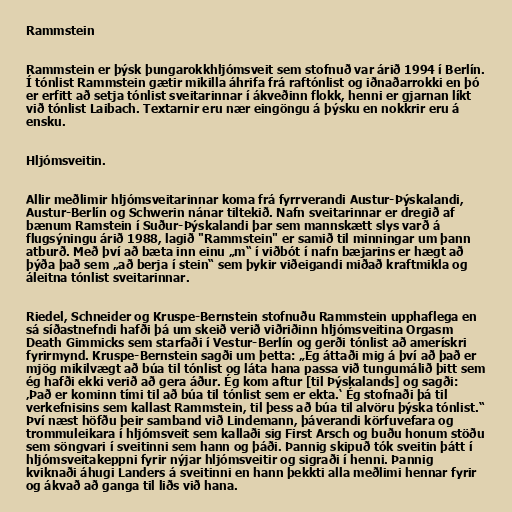
Rammstein

Rammstein er þýsk þungarokkhljómsveit sem stofnuð var árið 1994 í Berlín.
Í tónlist Rammstein gætir mikilla áhrifa frá raftónlist og iðnaðarrokki en þó
er erfitt að setja tónlist sveitarinnar í ákveðinn flokk, henni er gjarnan líkt
við tónlist Laibach. Textarnir eru nær eingöngu á þýsku en nokkrir eru á
ensku.

Hljómsveitin.

Allir meðlimir hljómsveitarinnar koma frá fyrrverandi Austur-Þýskalandi,
Austur-Berlín og Schwerin nánar tiltekið. Nafn sveitarinnar er dregið af
bænum Ramstein í Suður-Þýskalandi þar sem mannskætt slys varð á
flugsýningu árið 1988, lagið "Rammstein" er samið til minningar um þann
atburð. Með því að bæta inn einu „m“ í viðbót í nafn bæjarins er hægt að
þýða það sem „að berja í stein“ sem þykir viðeigandi miðað kraftmikla og
áleitna tónlist sveitarinnar.

Riedel, Schneider og Kruspe-Bernstein stofnuðu Rammstein upphaflega en
sá síðastnefndi hafði þá um skeið verið viðriðinn hljómsveitina Orgasm
Death Gimmicks sem starfaði í Vestur-Berlín og gerði tónlist að amerískri
fyrirmynd. Kruspe-Bernstein sagði um þetta: „Ég áttaði mig á því að það er
mjög mikilvægt að búa til tónlist og láta hana passa við tungumálið þitt sem
ég hafði ekki verið að gera áður. Ég kom aftur [til Þýskalands] og sagði:
‚Það er kominn tími til að búa til tónlist sem er ekta.‘ Ég stofnaði þá til
verkefnisins sem kallast Rammstein, til þess að búa til alvöru þýska tónlist.“
Því næst höfðu þeir samband við Lindemann, þáverandi körfuvefara og
trommuleikara í hljómsveit sem kallaði sig First Arsch og buðu honum stöðu
sem söngvari í sveitinni sem hann og þáði. Þannig skipuð tók sveitin þátt í
hljómsveitakeppni fyrir nýjar hljómsveitir og sigraði í henni. Þannig
kviknaði áhugi Landers á sveitinni en hann þekkti alla meðlimi hennar fyrir
og ákvað að ganga til liðs við hana.